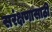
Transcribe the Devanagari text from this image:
सरंक्षणासाठी